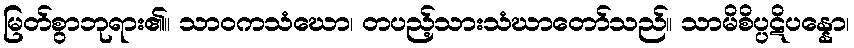
မြတ်စွာဘုရား၏။ သာဝကသံဃော၊ တပည့်သားသံဃာတော်သည်။ သာမိစိပ္ပဋိပန္နော၊